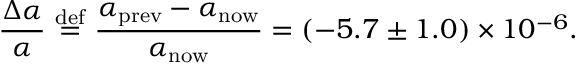
{ \frac { \Delta \alpha } { \alpha } } \ { \stackrel { \mathrm { d e f } } { = } } \ { \frac { \alpha _ { \mathrm { p r e v } } - \alpha _ { \mathrm { n o w } } } { \alpha _ { \mathrm { n o w } } } } = \left( - 5 . 7 \pm 1 . 0 \right) \times 1 0 ^ { - 6 } .